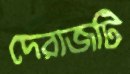
দেরাজটি